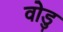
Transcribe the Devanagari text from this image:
वोडु